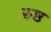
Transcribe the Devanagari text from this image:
रुष्ठ